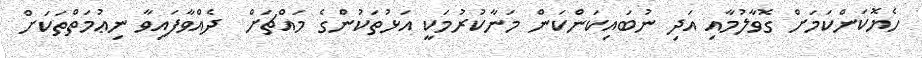
ހެޔޮކަންކަމަށް ގޮވާލުމާއި އަދި ނުބައިކަންކަން މަނާކުރުމަކީ އަޅުތަކުންގެ މައްޗަށް  ދެއްވާފައިވާ ނިޢުމަތްތަކަށް